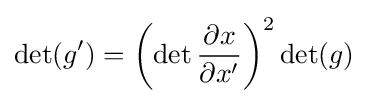
\det(g')=\left(\det {\frac {\partial x}{\partial x'}}\right)^{2}\det(g)